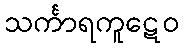
သင်္ကာရကူဋေဝ